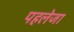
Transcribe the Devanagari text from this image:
पहलेजा